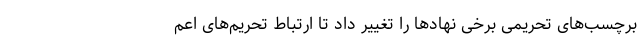
برچسب‌های تحریمی برخی نهادها را تغییر داد تا ارتباط تحریم‌های اعم